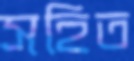
সহিত